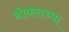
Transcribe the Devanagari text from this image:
नोकराच्या